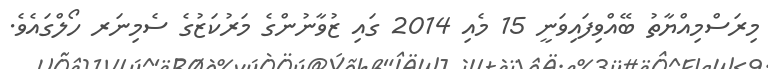
މިރަސްމިއްޔާތު ބޭއްވިފައިވަނީ 15 މެއި 2014 ގައި ޒުވާނުންގެ މަރުކަޒުގެ ސެމިނަރ ހޯލްގައެވެ.